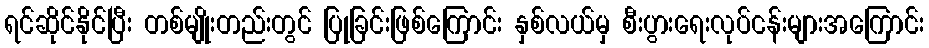
ရင်ဆိုင်နိုင်ပြီး တစ်မျိုးတည်းတွင် ပြုခြင်းဖြစ်ကြောင်း နှစ်လယ်မှ စီးပွားရေးလုပ်ငန်းများအကြောင်း